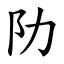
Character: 阞